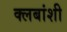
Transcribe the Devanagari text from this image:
क्लबांशी